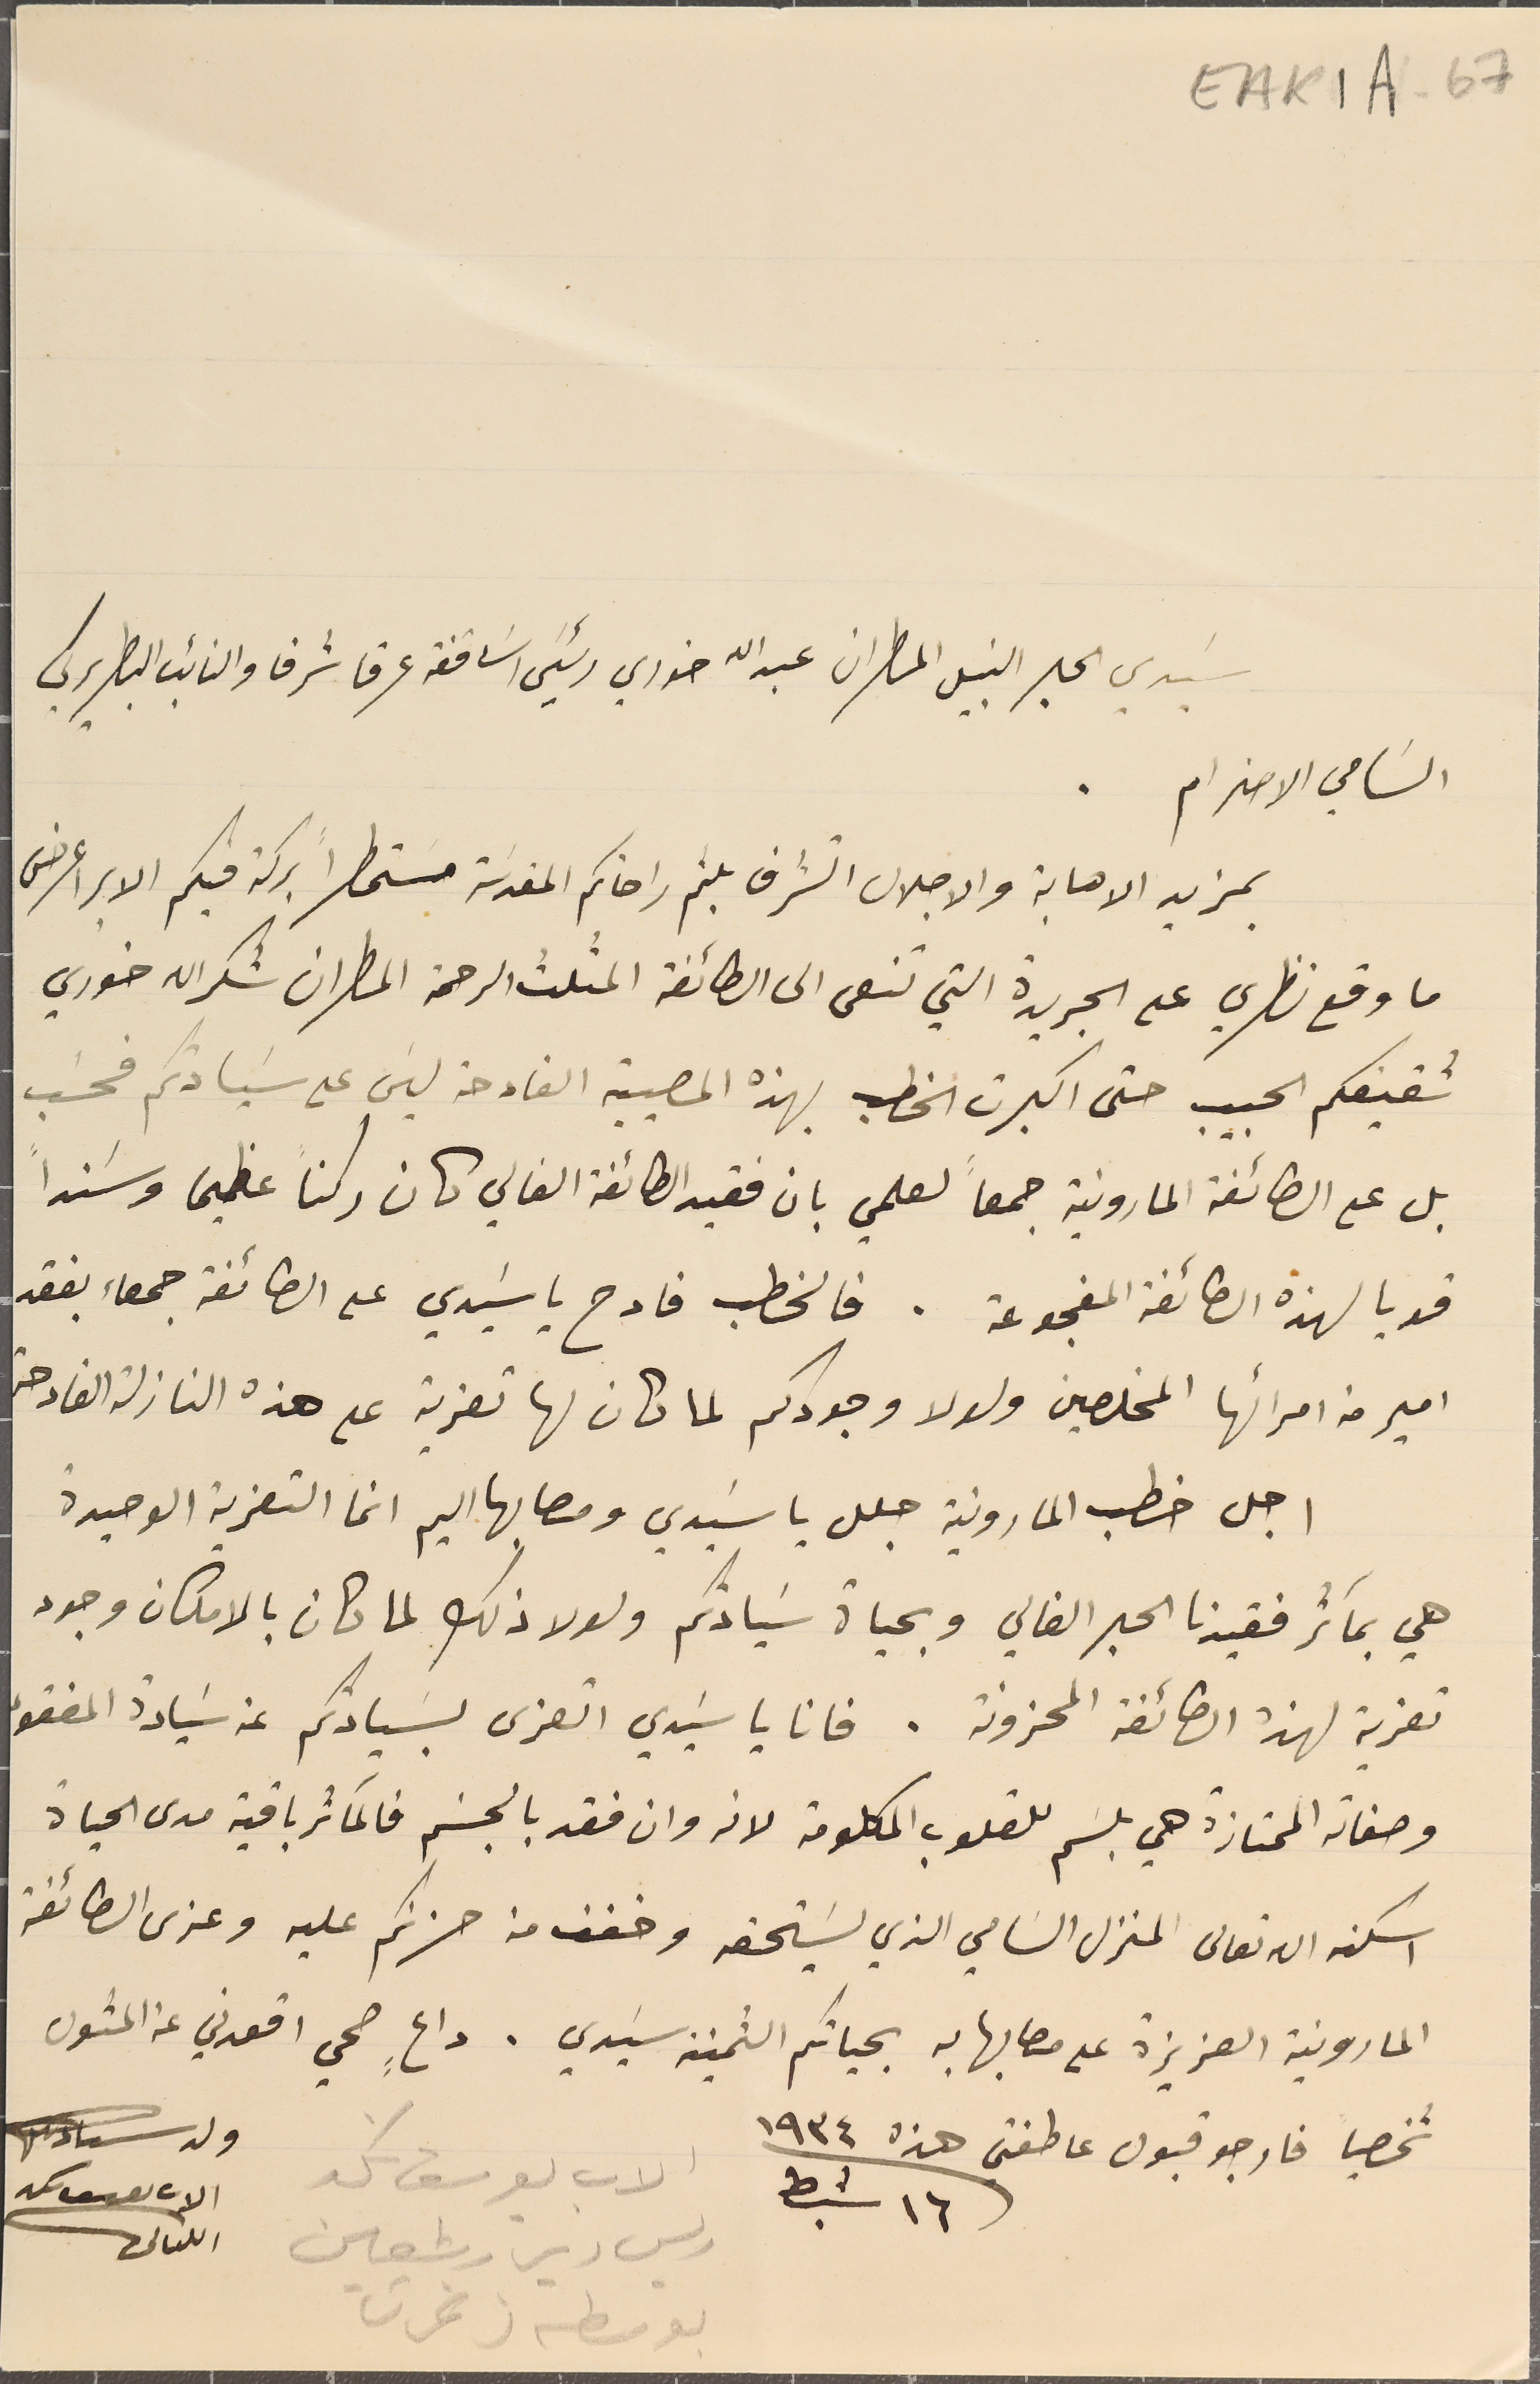
EAK1A-67
سَيدي الحبر النبيل المطران عبدالله خوري رئيسَ اسَاقفه عرقا شرفا والنائب البطريركي
 السَامي الاحترام.
 بمزيد الاهابة والاجلال اتشرف بلثم راحاتكم المقدسَة مستمطراً بركة فيكم الابرا عرض
 ما وقع نظري على الجريدة التي تنعى الى الطائفة المثلث الرحمة المطران شكرالله خوري
شقيقكم الحبيب حتى اكبرت الخطب بهذه المصيبة الفادحة ليسَ على سَيادتكم فحسَب
 بل على الطائفة المارونية جمعاً لعلمي بان فقيد الطائفة الفالي كان ركناً عظيما وسَنداً
قوياً لهذه الطائفة المفجوعة. فالخطب فادح يا سَيدي على الطائفة جمعاء بفقد
امير من امرائها المخلصين ولولا وجودكم لما كان لها تعزية على هذه النازلة الفادحة
اجل خطب المارونية جلل يا سَيدي ومصابها اليم انما التعزية الوحيدة
هي بمآثر فقيدنا الحبر الغالي وبحياة سَيادتكم ولولا ذلك لما كان بالامكان وجود
تعزية لهذه الطائفة المحزونة. فانا يا سَيدي اتعزى بسَيادتكم عن سَيادةُ المفقود
 وصفاته الممتازة هي بلسَم للقلوب المكلومة لانه وان فقد بالجسَم فالمآثر باقية مدى الحياة
اسكنه الله تعالى المنزل السَامي الذي يسَتحقه وخفف من حزنكم عليه وعزى الطائفة
 المارونية العزيزة على مصابها به بحياتكم الثمينة سَيدي. داعٍ صحي اقعدني عن المثول
شخصياً فارجو قبول عاطفتي هذه سنة ١٩٣٤
ريس دير رشعين
 بوسطه زغرتا
الاب يوسف نكد
ولد سىادتكم
الاب يوسف ىكد
اللبنانى
١٦ شباط